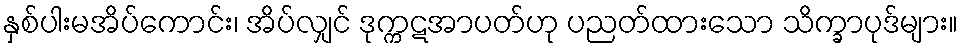
နှစ်ပါးမအိပ်ကောင်း၊ အိပ်လျှင် ဒုက္ကဋအာပတ်ဟု ပညတ်ထားသော သိက္ခာပုဒ်များ။